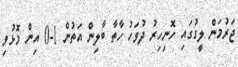
ޖަރުމަން ލީގުގައި ހޮނިހިރު ދުވަހު ހާތާ ބާލިން އަތުން 1-0 އިން މޮޅުވި